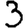
Digit: 3